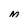
Character: M